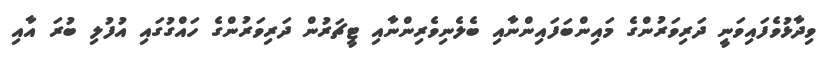
ވިދާޅުވެފައިވަނީ ދަރިވަރުންގެ މައިންބަފައިންނާއި ބެލެނިވެރިންނާއި ޓީޗަރުން ދަރިވަރުންގެ ހައްގުގައި އުފުލި ބުރަ އާއި